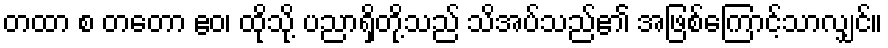
တထာ စ တတော ဧဝ၊ ထိုသို့ ပညာရှိတို့သည် သိအပ်သည်၏ အဖြစ်ကြောင့်သာလျှင်။